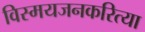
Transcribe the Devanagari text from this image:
विस्मयजनकरित्या